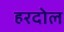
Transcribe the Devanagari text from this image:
हरदोल